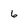
Character: 6